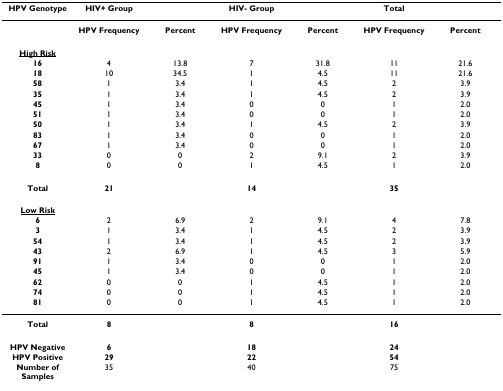
| HPV Genotype | HIV+ Group |  | HIV- Group |  | Total |  |
 | --- | --- | --- | --- | --- | --- | --- |
 |  | HPV Frequency | Percent | HPV Frequency | Percent | HPV Frequency | Percent |
 | <underline>High Risk</underline> |  |  |  |  |  |  |
 | 16 | 4 | 13.8 | 7 | 31.8 | 11 | 21.6 |
 | 18 | 10 | 34.5 | 1 | 4.5 | 11 | 21.6 |
 | 58 | 1 | 3.4 | 1 | 4.5 | 2 | 3.9 |
 | 35 | 1 | 3.4 | 1 | 4.5 | 2 | 3.9 |
 | 45 | 1 | 3.4 | 0 | 0 | 1 | 2.0 |
 | 51 | 1 | 3.4 | 0 | 0 | 1 | 2.0 |
 | 50 | 1 | 3.4 | 1 | 4.5 | 2 | 3.9 |
 | 83 | 1 | 3.4 | 0 | 0 | 1 | 2.0 |
 | 67 | 1 | 3.4 | 0 | 0 | 1 | 2.0 |
 | 33 | 0 | 0 | 2 | 9.1 | 2 | 3.9 |
 | 8 | 0 | 0 | 1 | 4.5 | 1 | 2.0 |
 | Total | 21 |  | 14 |  | 35 |  |
 | <underline>Low Risk</underline> |  |  |  |  |  |  |
 | 6 | 2 | 6.9 | 2 | 9.1 | 4 | 7.8 |
 | 3 | 1 | 3.4 | 1 | 4.5 | 2 | 3.9 |
 | 54 | 1 | 3.4 | 1 | 4.5 | 2 | 3.9 |
 | 43 | 2 | 6.9 | 1 | 4.5 | 3 | 5.9 |
 | 91 | 1 | 3.4 | 0 | 0 | 1 | 2.0 |
 | 45 | 1 | 3.4 | 0 | 0 | 1 | 2.0 |
 | 62 | 0 | 0 | 1 | 4.5 | 1 | 2.0 |
 | 74 | 0 | 0 | 1 | 4.5 | 1 | 2.0 |
 | 81 | 0 | 0 | 1 | 4.5 | 1 | 2.0 |
 | Total | 8 |  | 8 |  | 16 |  |
 | HPV Negative | 6 |  | 18 |  | 24 |  |
 | HPV Positive | 29 |  | 22 |  | 54 |  |
 | Number of Samples | 35 |  | 40 |  | 75 |  |